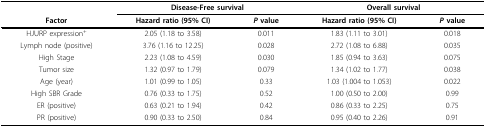
<table><thead><tr><td></td><td colspan="2"><b>Disease-Free survival</b></td><td colspan="2"><b>Overall survival</b></td></tr><tr><td><b>Factor</b></td><td><b>Hazard ratio (95% CI)</b></td><td><b><i>P </i>value</b></td><td><b>Hazard ratio (95% CI)</b></td><td><b><i>P </i>value</b></td></tr></thead><tbody><tr><td>HJURP expression<sup>+</sup></td><td>2.05 (1.18 to 3.58)</td><td>0.011</td><td>1.83 (1.11 to 3.01)</td><td>0.018</td></tr><tr><td>Lymph node (positive)</td><td>3.76 (1.16 to 12.25)</td><td>0.028</td><td>2.72 (1.08 to 6.88)</td><td>0.035</td></tr><tr><td>High Stage</td><td>2.23 (1.08 to 4.59)</td><td>0.030</td><td>1.85 (0.94 to 3.63)</td><td>0.075</td></tr><tr><td>Tumor size</td><td>1.32 (0.97 to 1.79)</td><td>0.079</td><td>1.34 (1.02 to 1.77)</td><td>0.038</td></tr><tr><td>Age (year)</td><td>1.01 (0.99 to 1.05)</td><td>0.33</td><td>1.03 (1.004 to 1.053)</td><td>0.022</td></tr><tr><td>High SBR Grade</td><td>0.76 (0.33 to 1.75)</td><td>0.52</td><td>1.00 (0.50 to 2.00)</td><td>0.99</td></tr><tr><td>ER (positive)</td><td>0.63 (0.21 to 1.94)</td><td>0.42</td><td>0.86 (0.33 to 2.25)</td><td>0.75</td></tr><tr><td>PR (positive)</td><td>0.90 (0.33 to 2.50)</td><td>0.84</td><td>0.95 (0.40 to 2.26)</td><td>0.91</td></tr></tbody></table>